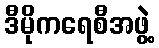
ဒီမိုကရေစီအဖွဲ့